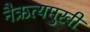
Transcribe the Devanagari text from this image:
नैऋत्यमुखी